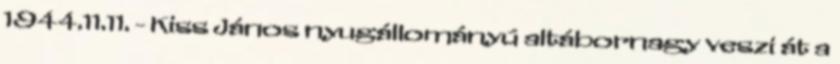
1944.11.11. - Kiss János nyugállományú altábornagy veszi át a